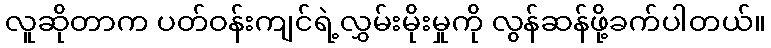
လူဆိုတာက ပတ်ဝန်းကျင်ရဲ့လွှမ်းမိုးမှုကို လွန်ဆန်ဖို့ခက်ပါတယ်။